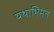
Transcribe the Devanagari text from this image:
यथाभिमत